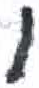
אות: ו